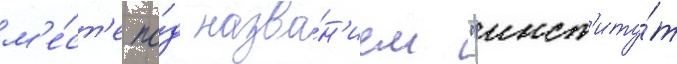
м'е́ст'е по́д назва́н'ием "инст'иту́т